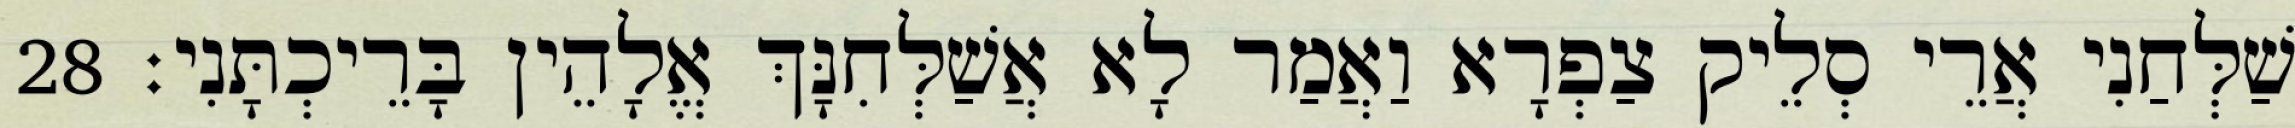
שַׁלְּחַנִי אֲרֵי סְלֵיק צַפְרָא וַאֲמַר לָא אֲשַׁלְּחִנָּךְ אֱלָהֵין בָּרֵיכְתָּנִי׃ 28